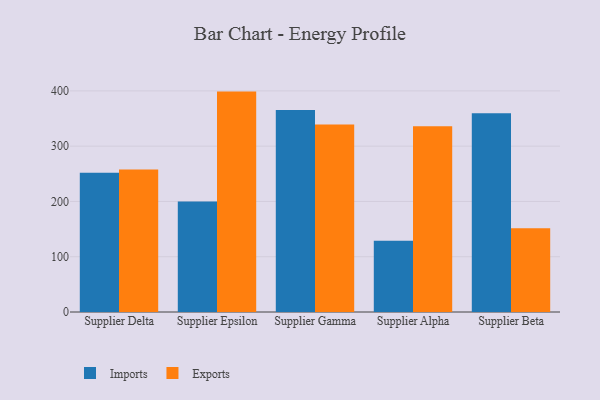
{"axis": {"x": "Supplier", "y": "Net Income (USD K)"}, "legend": ["Exports", "Imports"], "data": [{"x": "Supplier Delta", "y": 251.9, "type": "Imports"}, {"x": "Supplier Delta", "y": 258.0, "type": "Exports"}, {"x": "Supplier Epsilon", "y": 199.8, "type": "Imports"}, {"x": "Supplier Epsilon", "y": 398.7, "type": "Exports"}, {"x": "Supplier Gamma", "y": 365.5, "type": "Imports"}, {"x": "Supplier Gamma", "y": 339.1, "type": "Exports"}, {"x": "Supplier Alpha", "y": 128.9, "type": "Imports"}, {"x": "Supplier Alpha", "y": 335.9, "type": "Exports"}, {"x": "Supplier Beta", "y": 359.6, "type": "Imports"}, {"x": "Supplier Beta", "y": 151.6, "type": "Exports"}]}